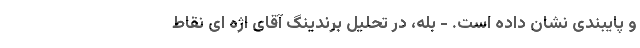
و پایبندی نشان داده است. - بله، در تحلیل برندینگ آقای اژه ای نقاطِ